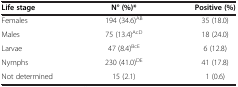
| Life stage | N° (%)* | Positive (%) |
 | --- | --- | --- |
 | Females | 194 (34.6)AB | 35 (18.0) |
 | Males | 75 (13.4)AcD | 18 (24.0) |
 | Larvae | 47 (8.4)BcE | 6 (12.8) |
 | Nymphs | 230 (41.0)DE | 41 (17.8) |
 | Not determined | 15 (2.1) | 1 (0.6) |